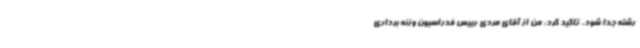
رشته جدا شود، تاکید کرد: من از آقای مردی رییس فدراسیون وزنه برداری